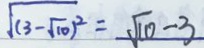
\sqrt { ( 3 - \sqrt { 1 0 } ) ^ { 2 } } = \sqrt { 1 0 } - 3